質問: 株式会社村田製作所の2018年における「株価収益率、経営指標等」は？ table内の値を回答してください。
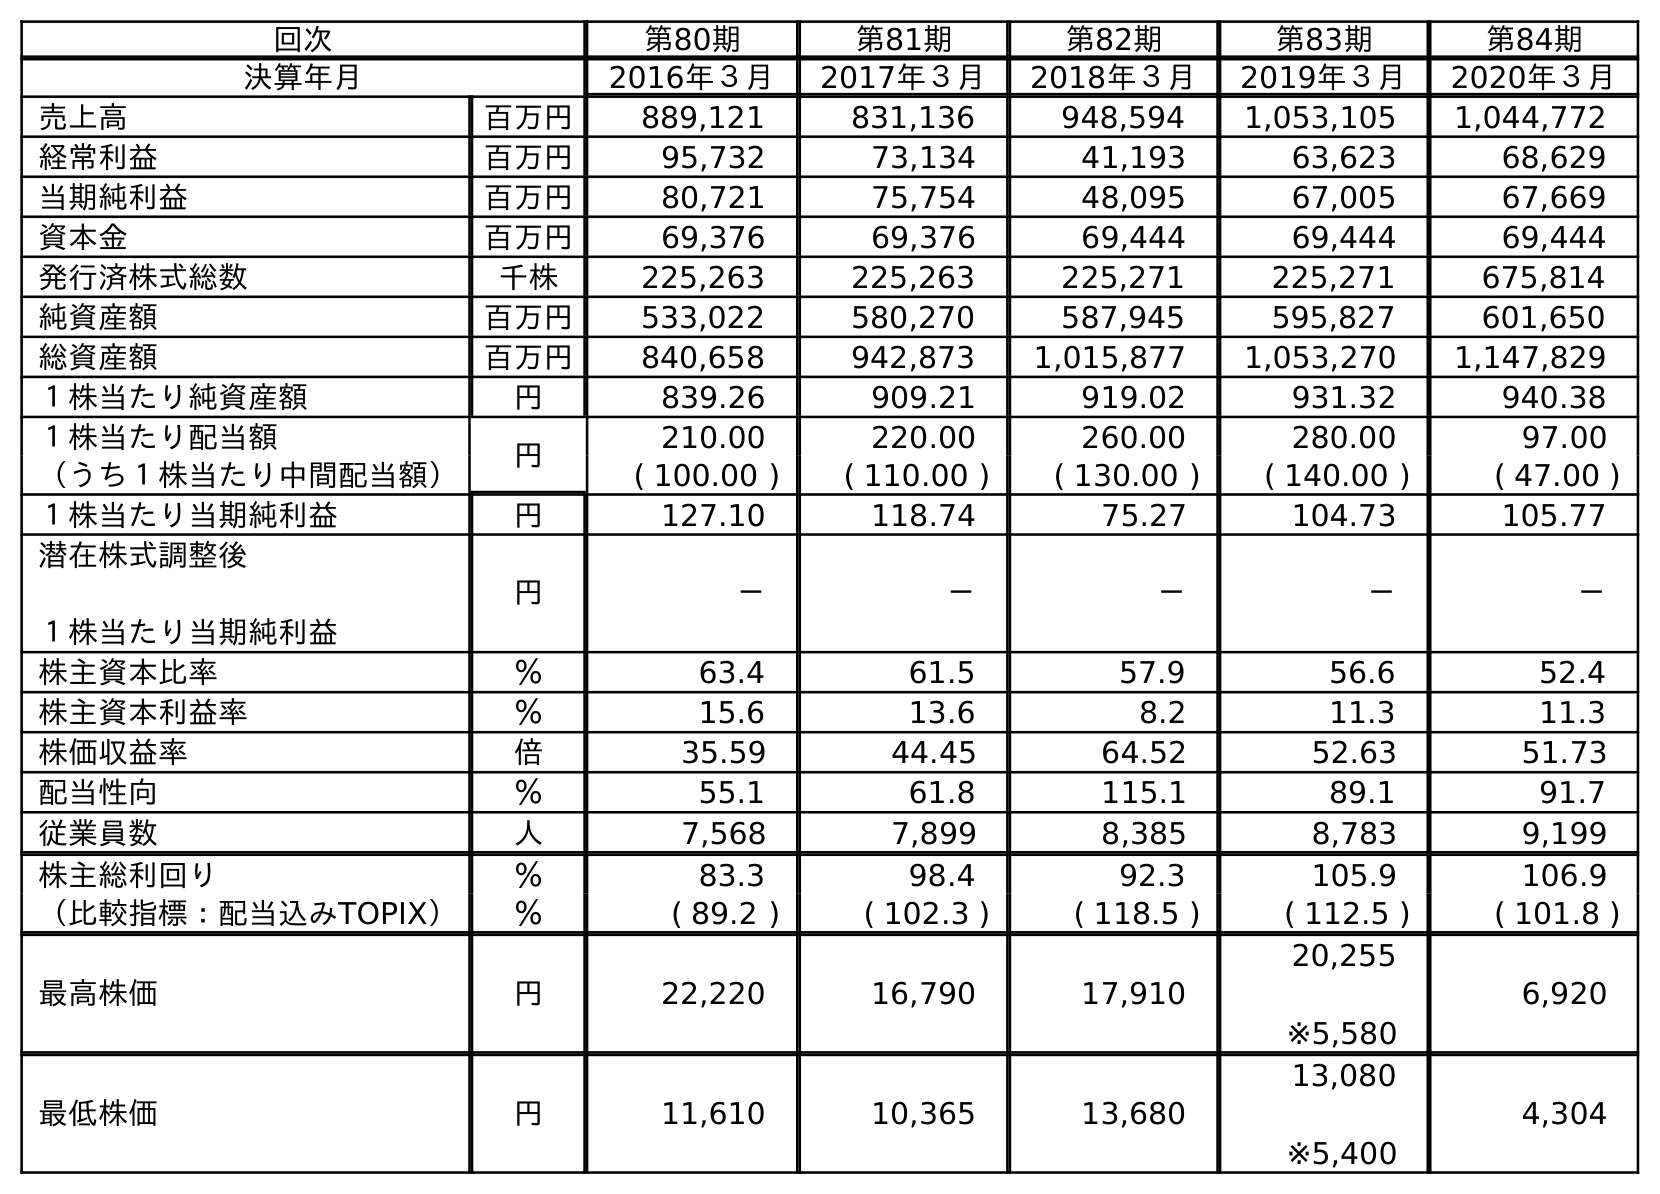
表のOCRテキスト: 回次 第80期 第81期 第82期 第83期 第84期 決算年月 2016年３月 2017年３月 2018年３月 2019年３月 2020年３月 売上高 百万円 889,121 831,136 948,594 1,053,105 1,044,772 経常利益 百万円 95,732 73,134 41,193 63,623 68,629 当期純利益 百万円 80,721 75,754 48,095 67,005 67,669 資本金 百万円 69,376 69,376 69,444 69,444 69,444 発行済株式総数 千株 225,263 225,263 225,271 225,271 675,814 純資産額 百万円 533,022 580,270 587,945 595,827 601,650 総資産額 百万円 840,658 942,873 1,015,877 1,053,270 1,147,829 １株当たり純資産額 円 839.26 909.21 919.02 931.32 940.38 １株当たり配当額 円 210.00 220.00 260.00 280.00 97.00 （うち１株当たり中間配当額） ( 100.00 ) ( 110.00 ) ( 130.00 ) ( 140.00 ) ( 47.00 ) １株当たり当期純利益 円 127.10 118.74 75.27 104.73 105.77 潜在株式調整後 １株当たり当期純利益 円 － － － － － 株主資本比率 ％ 63.4 61.5 57.9 56.6 52.4 株主資本利益率 ％ 15.6 13.6 8.2 11.3 11.3 株価収益率 倍 35.59 44.45 64.52 52.63 51.73 配当性向 ％ 55.1 61.8 115.1 89.1 91.7 従業員数 人 7,568 7,899 8,385 8,783 9,199 株主総利回り ％ 83.3 98.4 92.3 105.9 106.9 （比較指標：配当込みTOPIX） ％ ( 89.2 ) ( 102.3 ) ( 118.5 ) ( 112.5 ) ( 101.8 ) 最高株価 円 22,220 16,790 17,910 20,255 ※5,580 6,920 最低株価 円 11,610 10,365 13,680 13,080 ※5,400 4,304
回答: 64.52